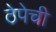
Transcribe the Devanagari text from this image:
ठेपेची